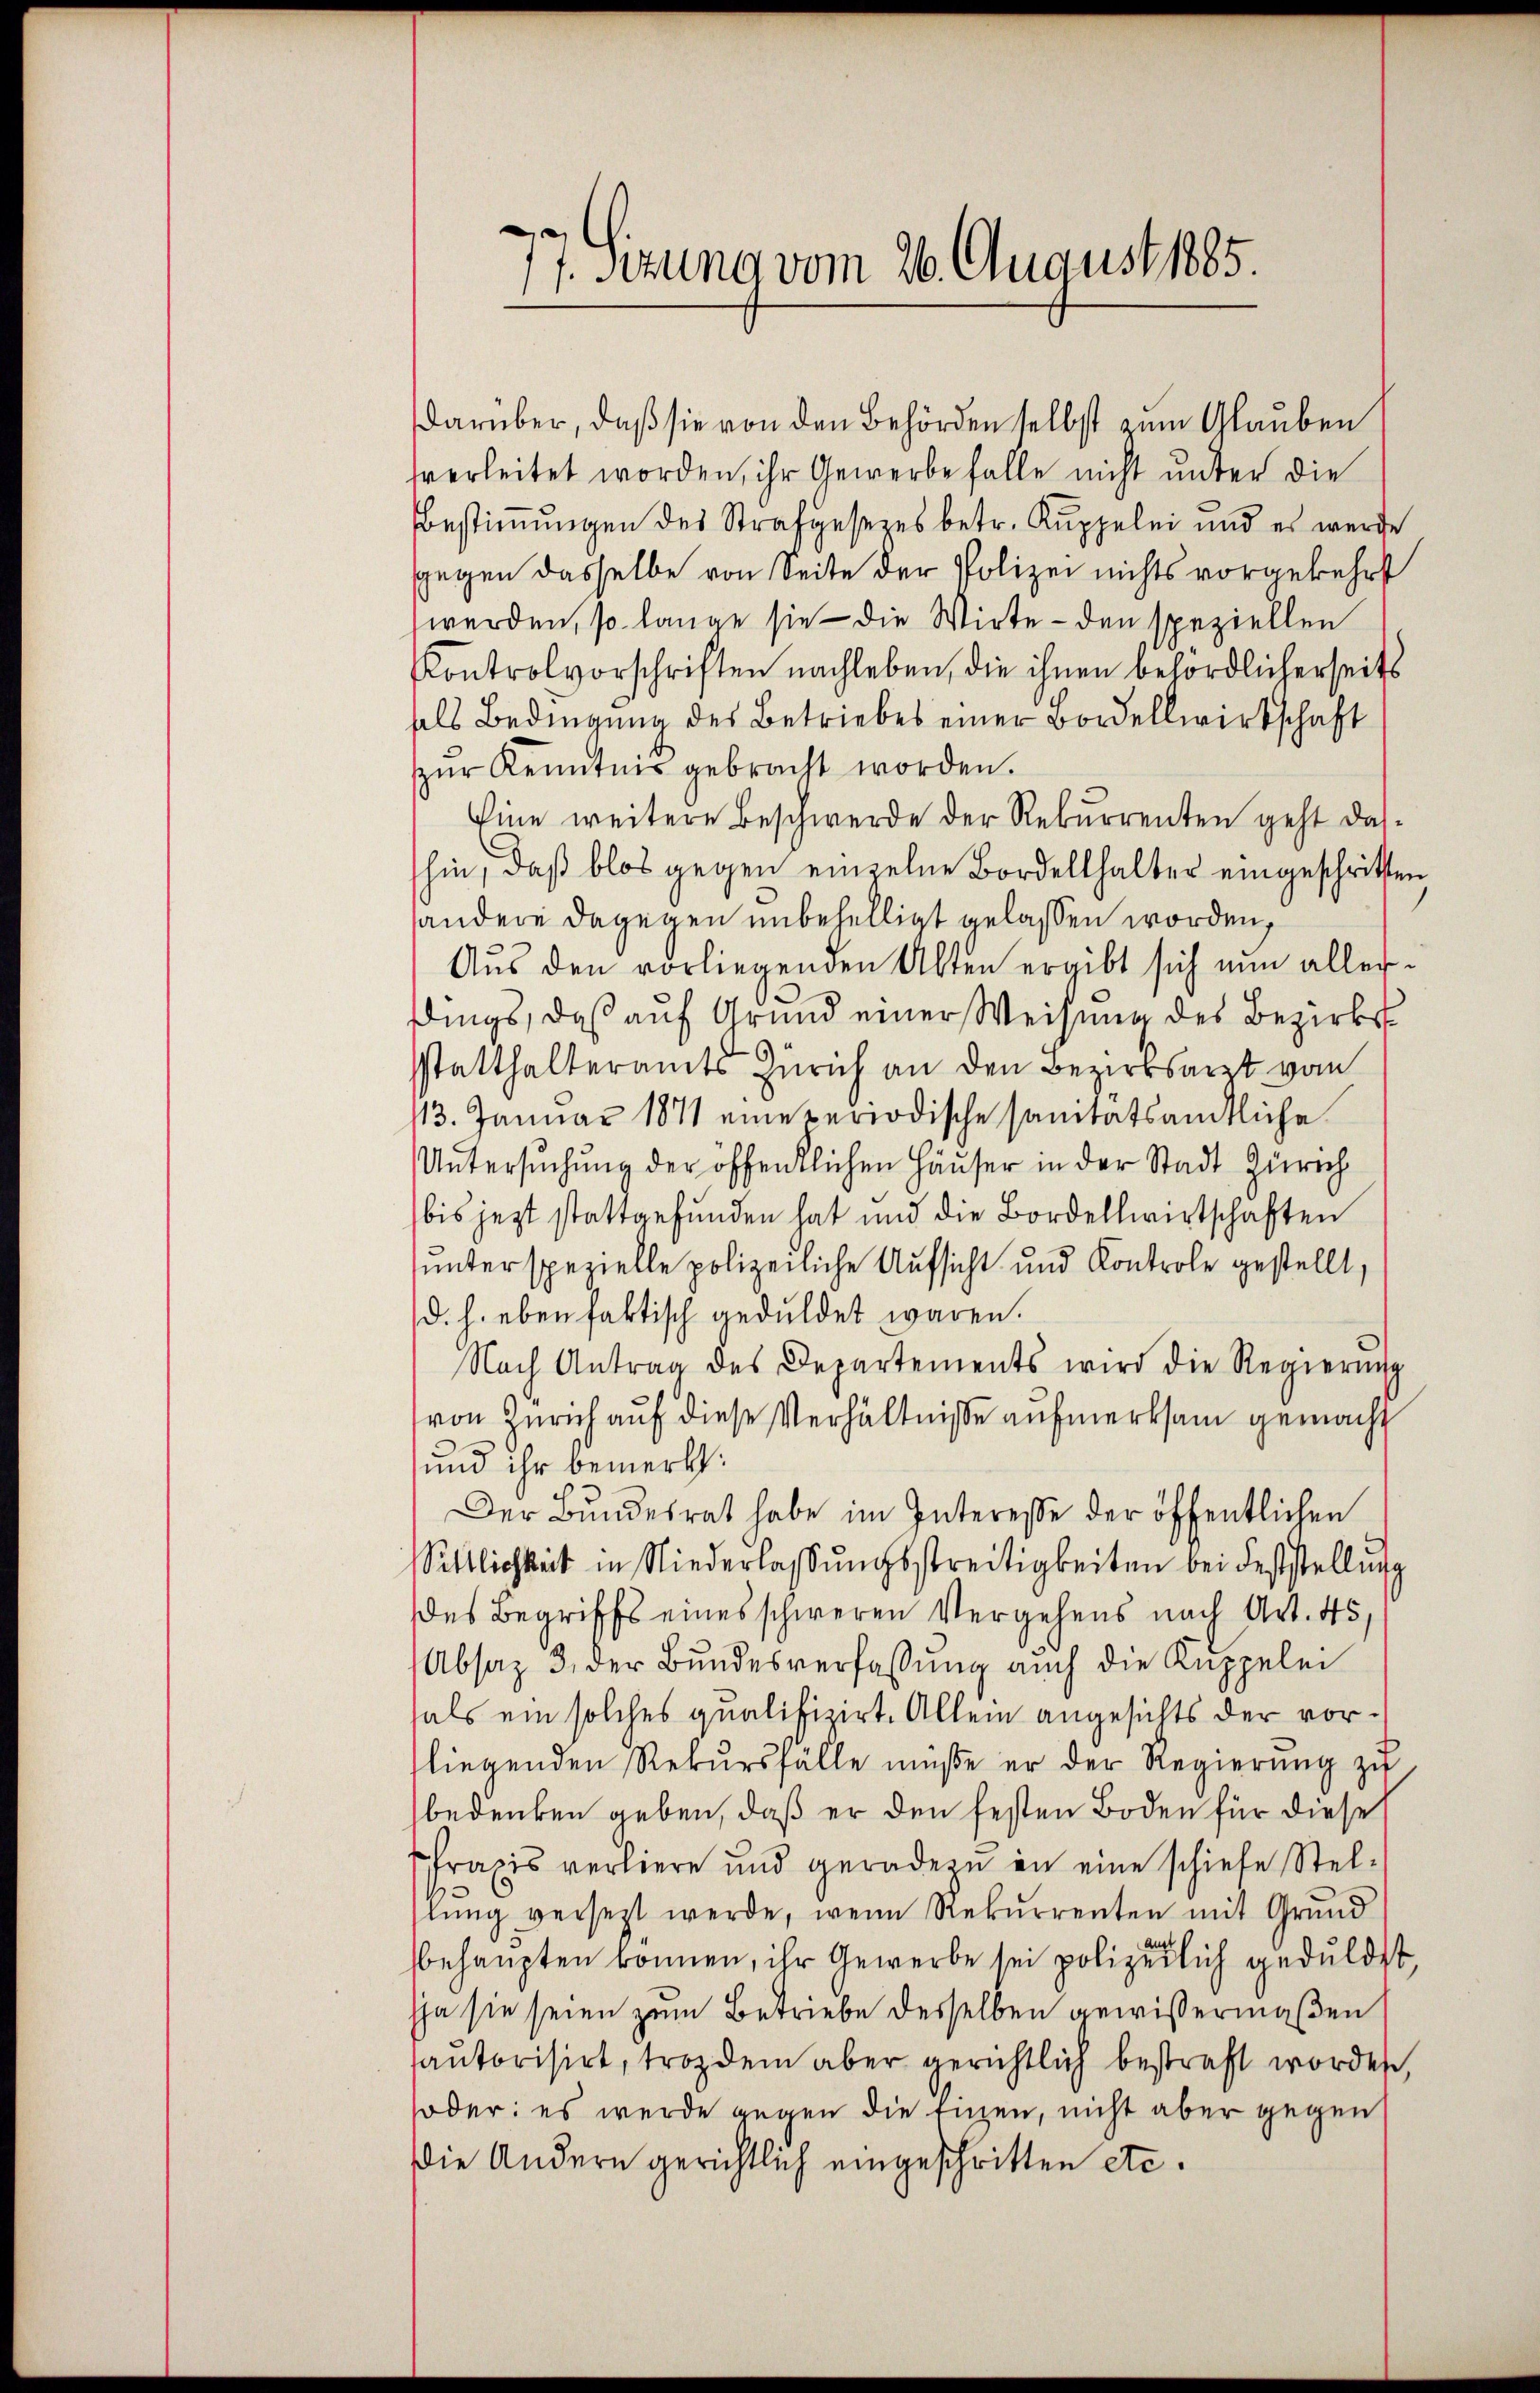
e
1. Sitzung vom 26. August 1885
1

darüber, daß sie von den Behörden selbst zum Glauben
hverleitet worden, ihr Gewerbe falle nicht unter die
Bestimmungen des Strafgesetzes betr. Kuppelei und es werde
ggegen dasselbe von Seite der Polizei nichts vorgekehrt
werden, so lange sie - die Wirte - den speziellen
Kontrolvorschriften nachleben, die ihnen behördlicherseits
hals Bedingung des Betriebes einer Bordellwirtschaft
zŭr Kenntnis gebracht worden.
Eine weitere Beschwerde der Rekurrenten geht dashin, daß blos gegen einzelne Bordellhalter eingeschritten
andere dagegen unbehelligt gelassen worden,
Aus den vorliegenden Alten ergibt sich nun allerdings, daß auf Grund einer Weisung des Bezirkssstatthalteramts Zürich an den Bezirksarzt vom
113. Januar 1871 eine periodische sanitatsämtliche
Untersŭchŭng der öffentlichen Häŭser in der Stadt Zürich
bis jezt stattgefunden hat und die Bordellwirtschaften
unter spezielle polizeiliche Aufsicht und Kontrole gestellt,
d. h. eben faktisch geduldet waren.
Nach Antrag des Departements wird die Regierung
von Zürich auf diese Verhältnisse aufmerksam gemacht
und ihr bemerkt:
Der Bŭndesrat habe im Interesse der öffentlichen
Sittlichkeit in Niederlassŭngsstreitigkeiten bei Feststellung
des Begriffs eines schweren Vergehens nach Art. 45,
Absaz 3. der Bundesverfassung auch die Kuppelei
fals ein solches qualifizirt. Allem angesichts der vorliegenden Rekursfälle müße er der Regierung zu
bedenken geben, daß er den festen Boden für diese
Praxis verliere und geradezu in eine schiefe Stellung versezt werde, wenn Rekurrenten mit Grund
behaupten können, ihr Gewerbe sei polizeilich geduldet
sja sie seien zum Betriebe desselben gewissermaßen
autorisirt, trozdem aber gerichtlich bestraft worden,
oder: es werde gegen die Enzen, nicht aber gegen
Die Andern gerichtlich eingeschritten etc.